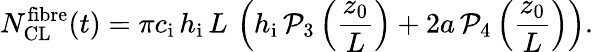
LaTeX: N_{\mathrm{CL}}^{\mathrm{fibre}}(t)=\pi c_{\mathrm{i}}\, h_{\mathrm{i}}\, L\, \left(h_{\mathrm{i}}\, \mathcal{P}_{3}\left(\frac{z_{0}}{L}\right)+2a\, \mathcal{P}_{4}\left(\frac{z_{0}}{L}\right)\right).